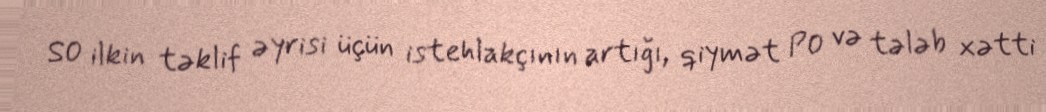
S0 ilkin təklif əyrisi üçün istehlakçının artığı, qiymət P0 və tələb xətti